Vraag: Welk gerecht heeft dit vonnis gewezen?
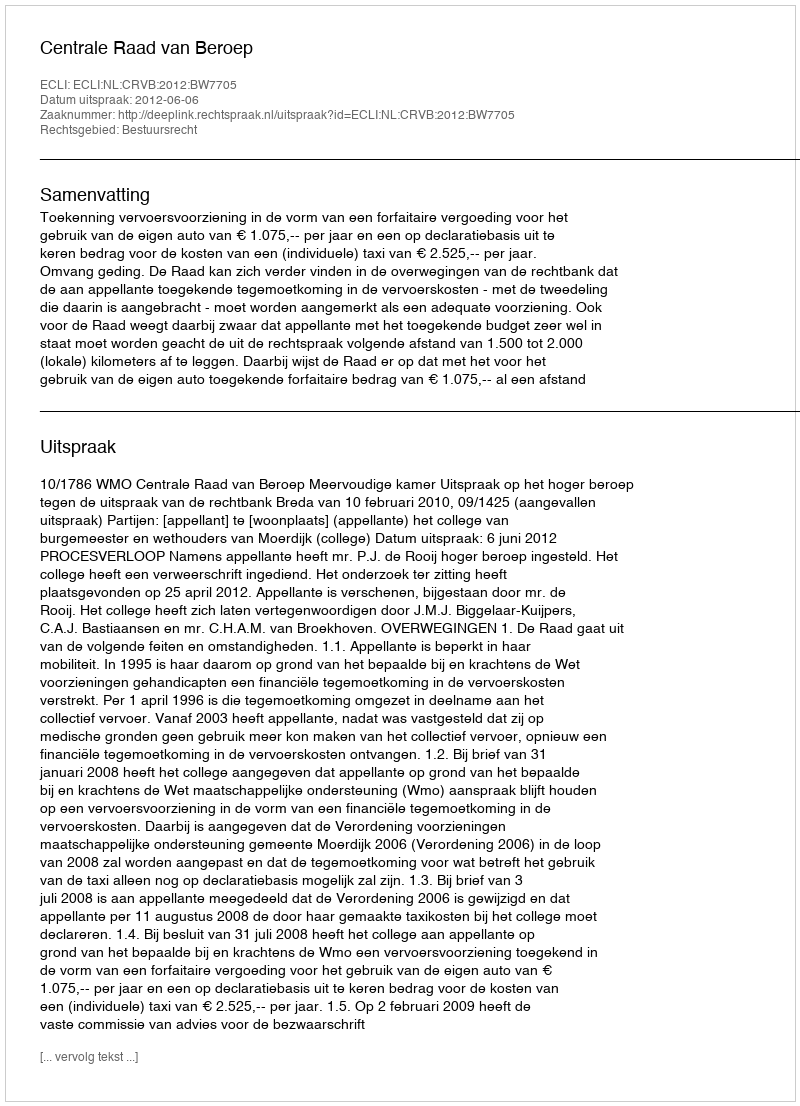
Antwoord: Centrale Raad van Beroep